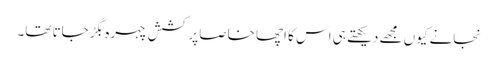
نجانے کیوں مجھے دیکھتے ہی اس کا اچھا خاصا پرکشش چہرہ بگڑ جاتا تھا۔